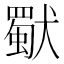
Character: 𤢜